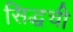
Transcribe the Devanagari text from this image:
सिद्धची